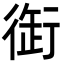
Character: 衘